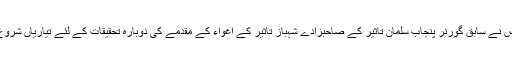
2016ء)پولیس نے سابق گورنر پنجاب سلمان تاثیر کے صاحبزادے شہباز تاثیر کے اغواء کے مقدمے کی دوبارہ تحقیقات کے لئے تیاریاں شروع کر دی ہیں ۔